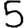
Digit: 5